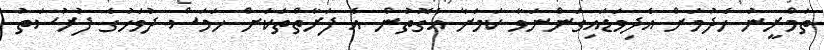
ތަމްރީނު ހެދުމަށް އެދިވަޑައިގަންނަވާ ކަމަށާ އެގޮތުން އެ ފަރާތްތަކަށް ހަމަސް ދުވަހުގެ ފުރުސަތު